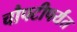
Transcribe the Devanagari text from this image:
चौपटीपर्यंत